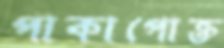
পাকাপোক্ত